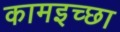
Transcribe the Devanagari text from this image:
कामइच्‍छा